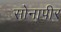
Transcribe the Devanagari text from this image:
सोनापीर